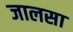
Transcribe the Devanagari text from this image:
जालसा